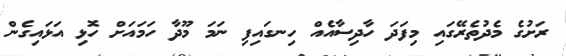
ރަށުގެ މެދުތެރޭގައި މިފަދަ ހާދިސާއެއް ހިނގައިފި ނަމަ މޫދާ ހަމައަށް ހޮޅި އަޅައިގެން